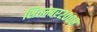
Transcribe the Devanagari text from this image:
सितम्बर२००८